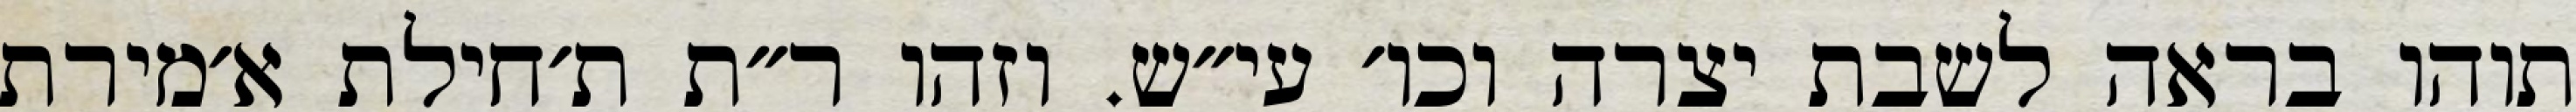
תוהו בראה לשבת יצרה וכו׳ עי״ש. וזהו ר״ת ת׳חילת א׳מירת